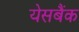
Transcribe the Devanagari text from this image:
येसबैंक